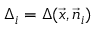
\Delta _ { i } = \Delta ( \vec { x } , \vec { n } _ { i } )